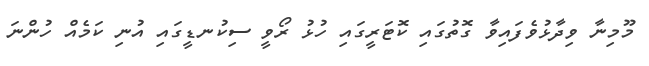
މޫމިނާ ވިދާޅުވެފައިވާ ގޮތުގައި ކޮޓަރީގައި ހުޅު ރޯވީ ސިކުނޑީގައި އުނި ކަމެއް ހުންނަ